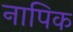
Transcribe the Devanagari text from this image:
नापिक